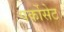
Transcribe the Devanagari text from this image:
पर्कोसेट